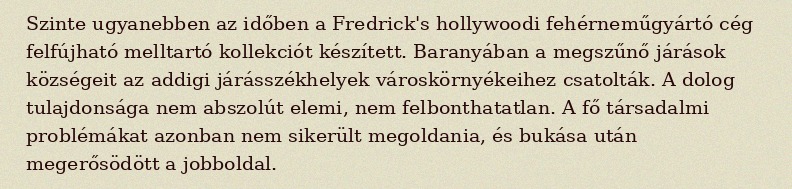
Szinte ugyanebben az időben a Fredrick's hollywoodi fehérneműgyártó cég felfújható melltartó kollekciót készített. Baranyában a megszűnő járások községeit az addigi járásszékhelyek városkörnyékeihez csatolták. A dolog tulajdonsága nem abszolút elemi, nem felbonthatatlan. A fő társadalmi problémákat azonban nem sikerült megoldania, és bukása után megerősödött a jobboldal.